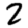
Digit: 2